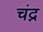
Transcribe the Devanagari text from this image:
चंद्न